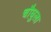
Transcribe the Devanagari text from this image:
चौघुला